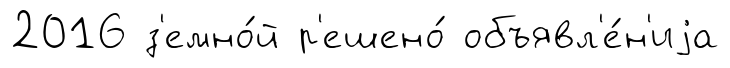
2016 з'емно́й р'ешено́ объявл'е́н'иjа